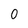
Character: 0